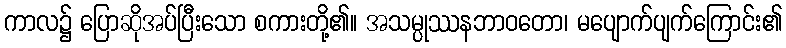
ကာလ၌ ပြောဆိုအပ်ပြီးသော စကားတို့၏။ အသမ္ပုဿနဘာဝတော၊ မပျောက်ပျက်ကြောင်း၏